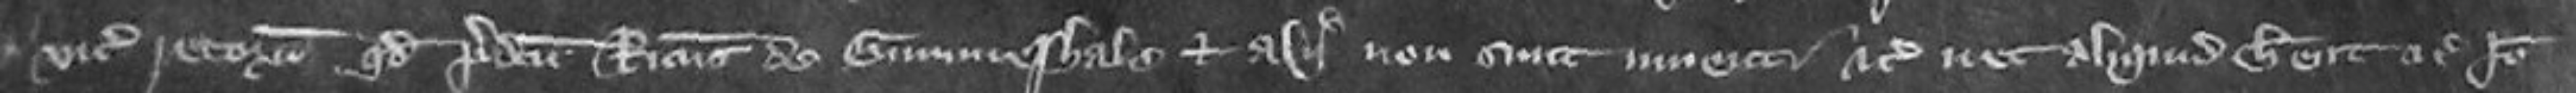
vicecomes retornavit quod predictus Ricardus de Gummeshale et alii non sicut inventi etc nec aliquid habent etc Ideo